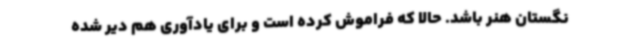
نگستان هنر باشد. حالا که فراموش کرده است و برای یادآوری هم دیر شده